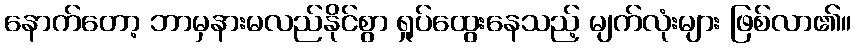
နောက်တော့ ဘာမှနားမလည်နိုင်စွာ ရှုပ်ထွေးနေသည့် မျက်လုံးများ ဖြစ်လာ၏။